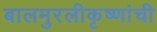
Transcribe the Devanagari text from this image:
बालमुरलीकृष्णांची